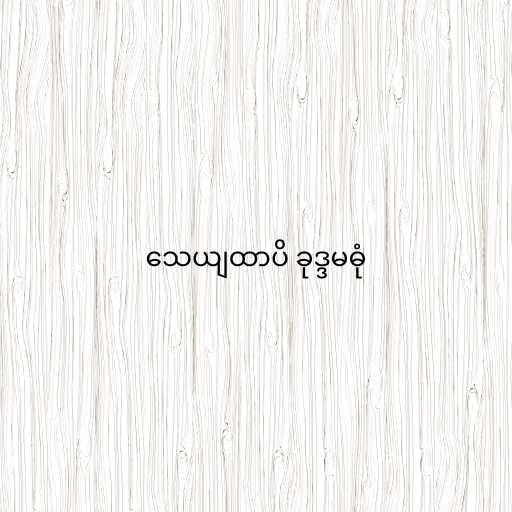
သေယျထာပိ ခုဒ္ဒမဓုံ